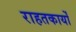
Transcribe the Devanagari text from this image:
राहतकार्यों